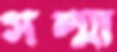
সল্মা